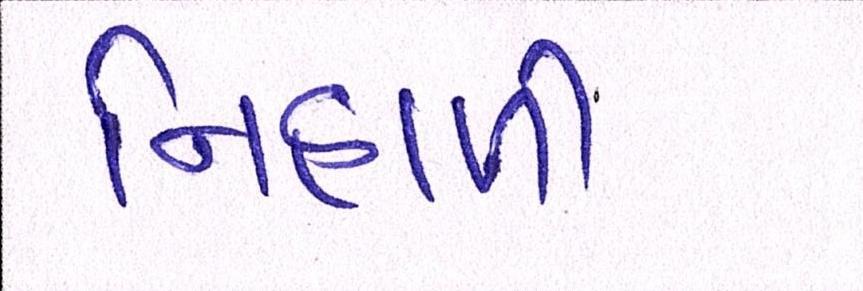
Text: નિહાળી